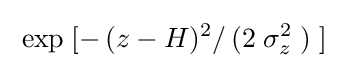
\;\exp \;[-\,(z-H)^{2}/\,(2\;\sigma _{z}^{2}\;)\;]